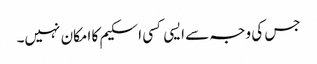
جس کی وجہ سے ایسی کسی اسکیم کا امکان نہیں۔